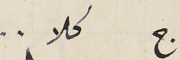
ج كلا..